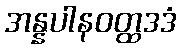
အန္နပါနဝတ္ထဒဒံ